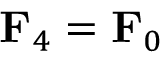
\mathbf { F } _ { 4 } = \mathbf { F } _ { 0 }